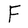
Character: F